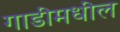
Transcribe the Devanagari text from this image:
गाडीमधील